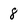
Character: 8